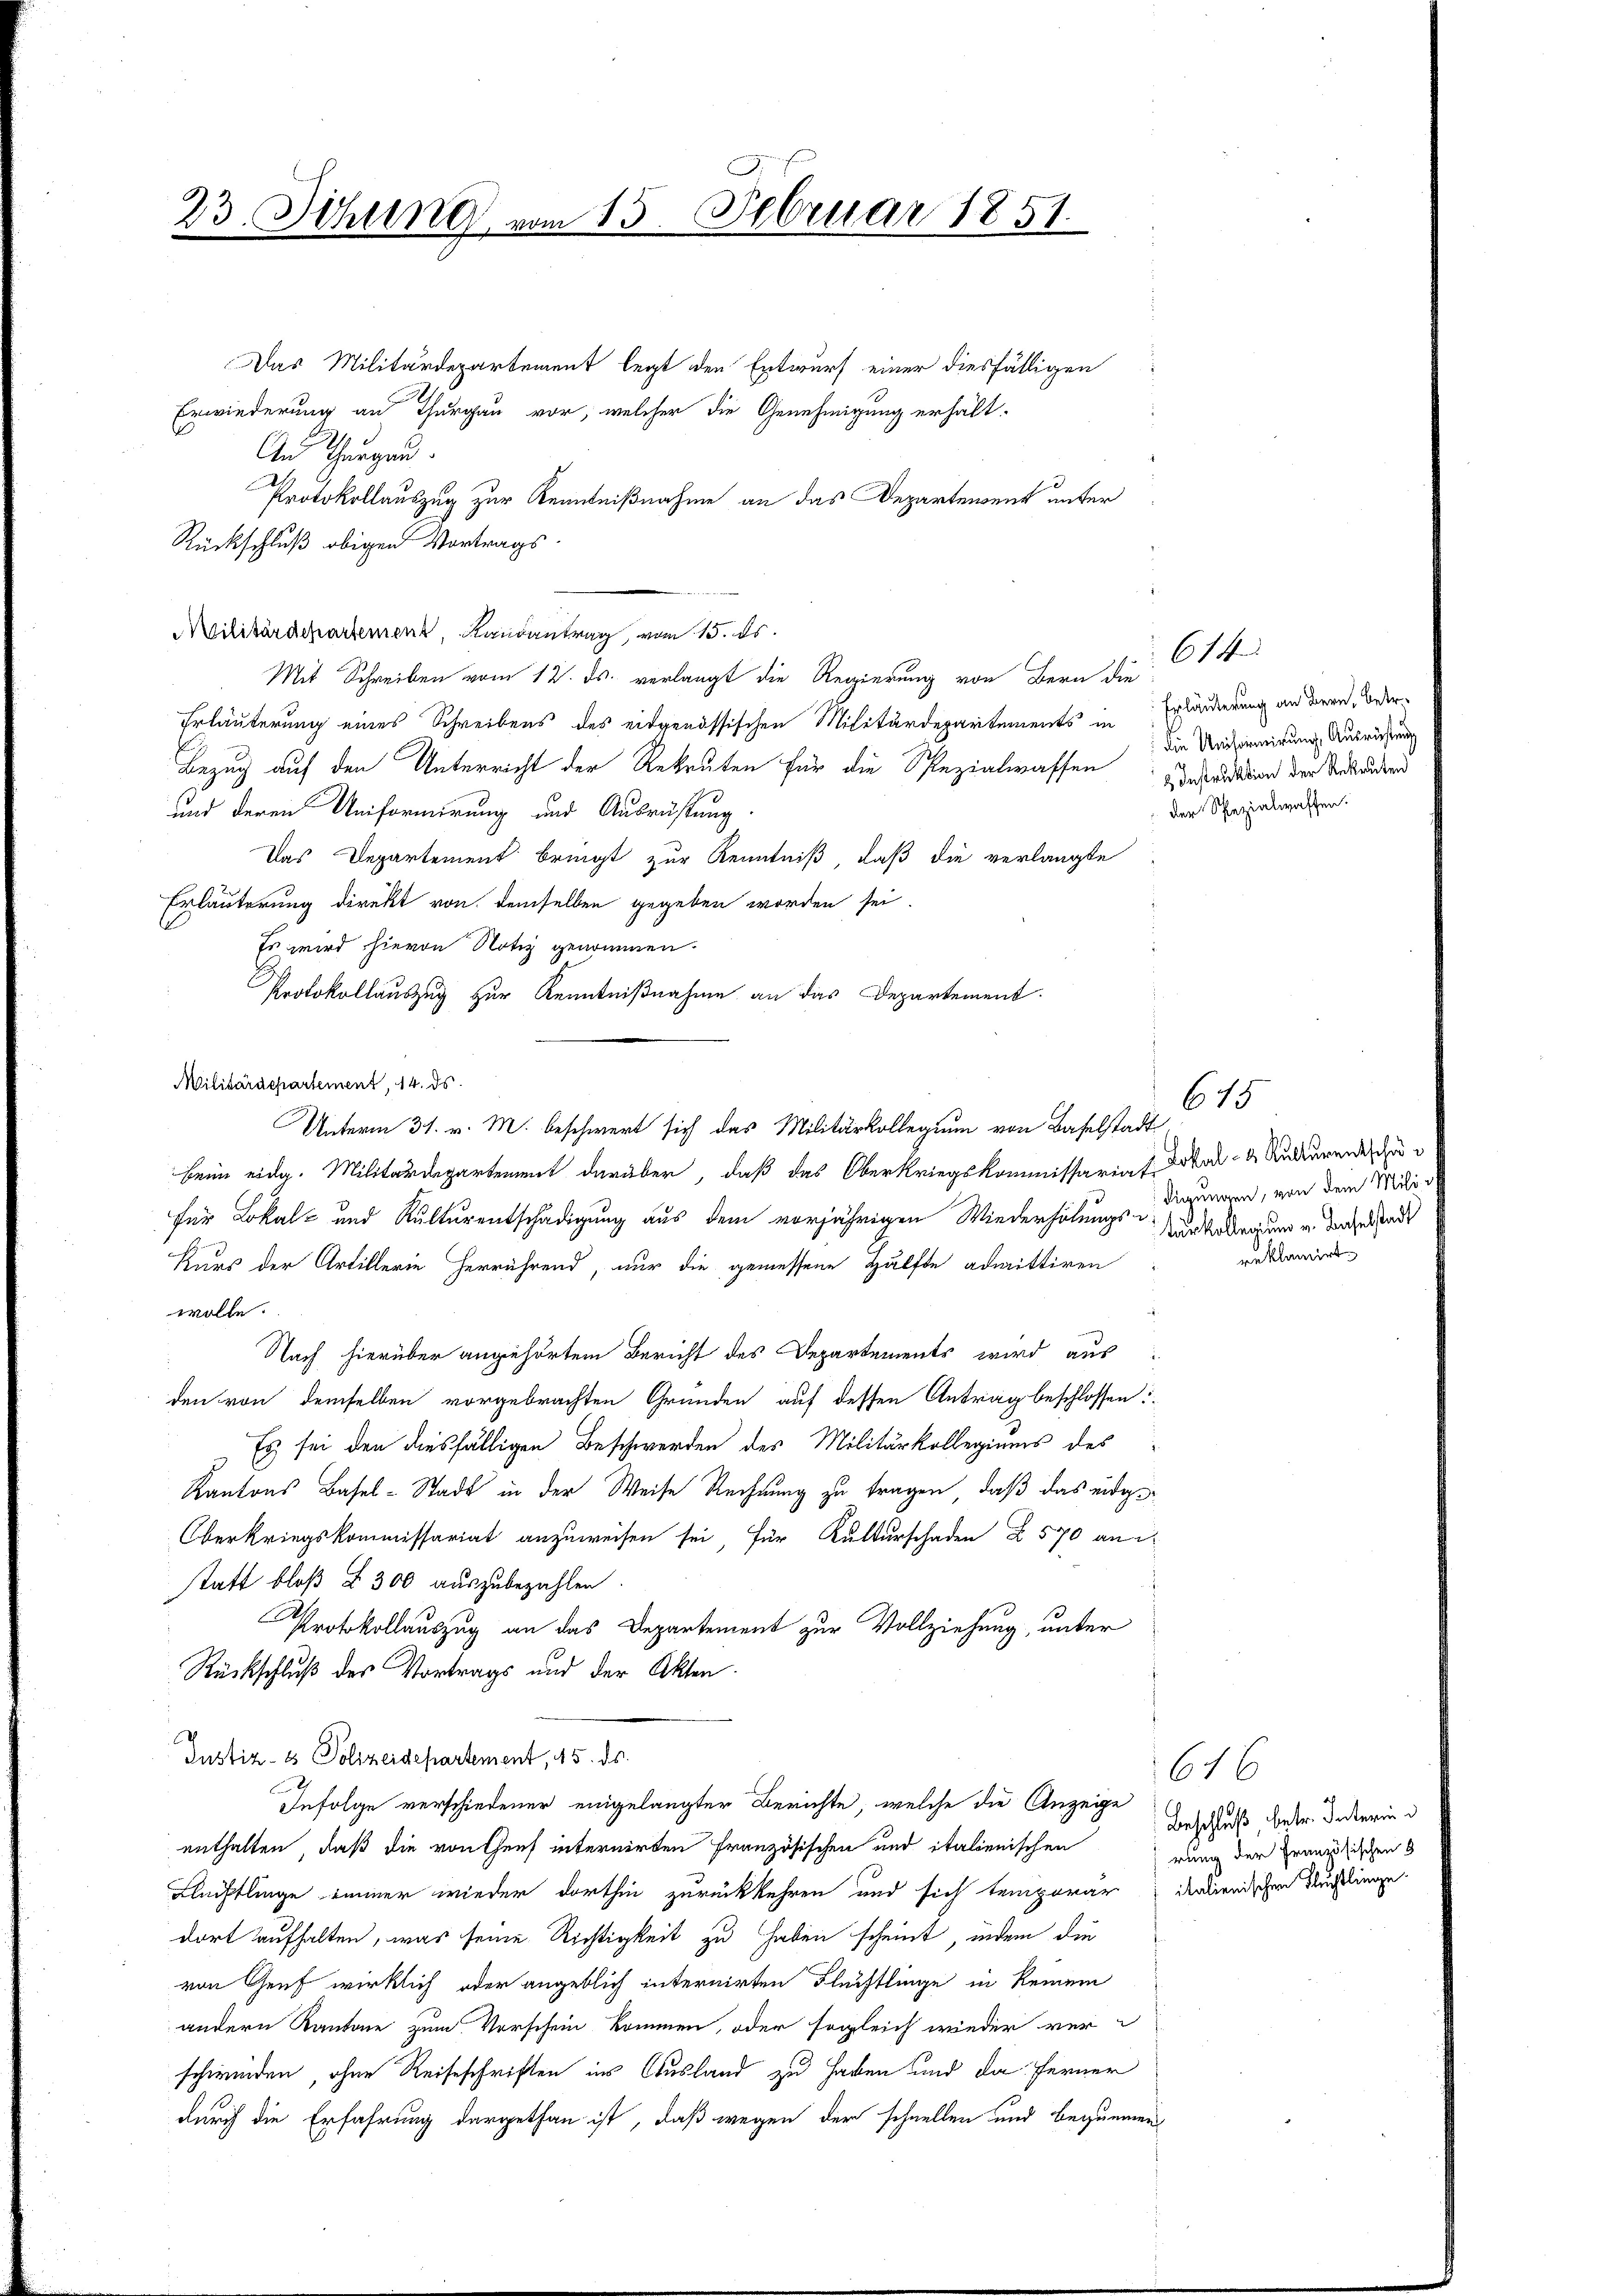
23. Sitzung vom 15. Februar 1851.

Das Militärdepartement legt den Entwurf einer diesfälligen
Erwiederung an Thurgau vor, welcher die Genehmigung erhält-
An Thurgau.
Protokollauszug zur Kenntnißnahme an das Departement unter
Rückschluß obigen Vortrags¬
Militärdepartement, Randantrag, vom 15. ds.
Mit Schreiben vom 12. ds. verlangt die Regierung von Bern die
Erläuterung eines Schreibens des eidgenössischen Militärdepartements in
Bezug auf den Unterricht der Rekruten für die Spezialwassen
und deren Uniformirung und Ausrüstung
Das Departement bringt zur Kenntniß, daß die verlangte
Erläuterung direkt von demselben gegeben worden sei.
Es wird hievon Notiz genommen.
Protokollauszug zur Kenntnißnahme an das Departement.
Militärdepartement, 14. ds.
Unterm 31. v. M. beschwert sich das Militärkollegium von Baselstadt
beim eidg. Militärdepartement darüber, daß das Oberkriegskommissariat Doktor Kulturentschu
für Lokal- und Kulturentschädigung aus dem vorjährigen Wiederholungs-
Kurs der Artillerie herrührend, nur die gemessene Hälfte admittiren
wolle.
Nach hierüber angehörtem Bericht des Departements wird aus
den von demselben vorgebrachten Gründen auf dessen Antrag beschlossen:
Es sei den diesfälligen Beschwerden des Militärkollegiums des
Kantons Basel-Stadt in der Weise Rechnung zu tragen, daß das eidge¬
Oberkriegskommissariat anzuweisen sei, für Kulturschaden § 570 an d
sstatt bloß § 300 auszubezahlen.
Protokollauszug an das Departement zur Vollziehung, unter
Rückschluß des Vortrags und der Akten.
Justiz- & Polizeidepartement, 45. ds.
9
Infolge verschiedener eingelangter Berichte, welche die Anzeige
enthalten, daß die von Genf internirten Französischen und italienischen
Flüchtlinge immer wieder dorthin zurückkehren und sich temporar
dort aufhalten, was seine Richtigkeit zu haben scheint, indem die
von Genf wirklich oder angeblich internirten Flüchtlinge in keinem
andern Kantone zum Vorschein kommen, oder sogleich wieder verschwinden, ohne Reiseschriften ins Ausland zu haben und da ferner
durch die Erfahrung dargethan ist, daß wegen der schnellen und bequemen

614
Erläuterung an Bern, betr.
 die Uniformirung, Ausrüstung
& Instruktion der Rekruten
der Spezialwaffen.

615
digungen, von dem Militurkollegium u. Baselstadt
reklamirt

1616
Beschluß betr. Interin d
rung der Französischen 8
italienischen Fluchtlinge.